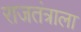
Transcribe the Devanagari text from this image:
राजतंत्राला